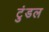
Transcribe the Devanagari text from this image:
टुंडल